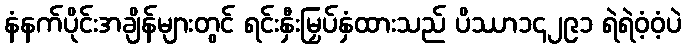
နံနက်ပိုင်းအချိန်များတွင် ရင်းနှီးမြှပ်နှံထားသည် ပိဿာ၁၄၂၉၁ ရဲရဲဝံ့ဝံ့ပဲ